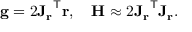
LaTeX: \mathbf { g } = 2 { \mathbf { J } _ { \mathbf { r } } } ^ { \mathsf { T } } \mathbf { r } , \quad \mathbf { H } \approx 2 { \mathbf { J } _ { \mathbf { r } } } ^ { \mathsf { T } } \mathbf { J _ { r } } .